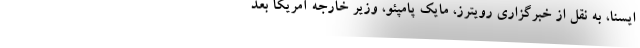
ایسنا، به نقل از خبرگزاری رویترز، مایک پامپئو، وزیر خارجه آمریکا بعد